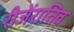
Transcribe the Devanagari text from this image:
रीजेंरातिव